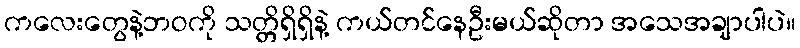
ကလေးတွေနဲ့ဘဝကို သတ္တိရှိရှိနဲ့ ကယ်တင်နေဦးမယ်ဆိုတာ အသေအချာပါပဲ။